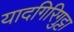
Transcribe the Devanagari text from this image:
यादगिरिगुट्टा